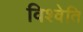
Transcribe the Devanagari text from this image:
विश्वेति